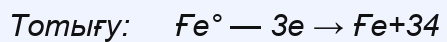
Тотығу:     Ғе° — 3е → Ғе+34